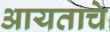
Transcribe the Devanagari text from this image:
आयताचे